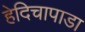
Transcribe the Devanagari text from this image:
हेदिचापाडा